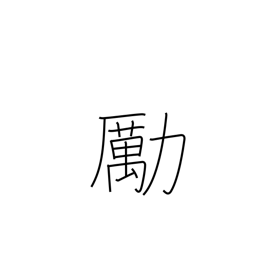
Meaning: encourage